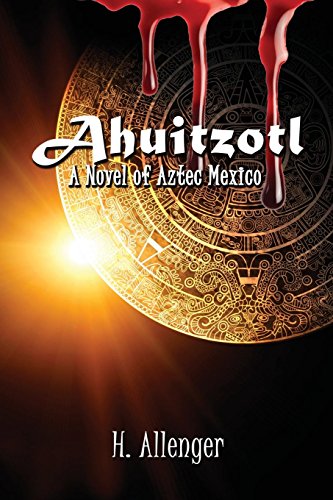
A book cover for Ahuitzotl: A Novel of Aztec Mexico; Herb Allenger; Romance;